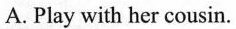
A.Play with her cousin.